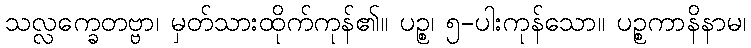
သလ္လက္ခေတဗ္ဗာ၊ မှတ်သားထိုက်ကုန်၏။ ပဉ္စ၊ ၅-ပါးကုန်သော။ ပဉ္စကာနိနာမ၊